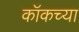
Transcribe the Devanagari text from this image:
कॉकच्या